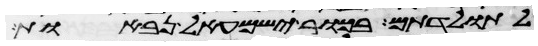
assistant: לתולדתם בכור ישמעאל נבאות